65_HS1-834228961_62-HQ-83894_Serial_164
Agency: FBI
Page 38
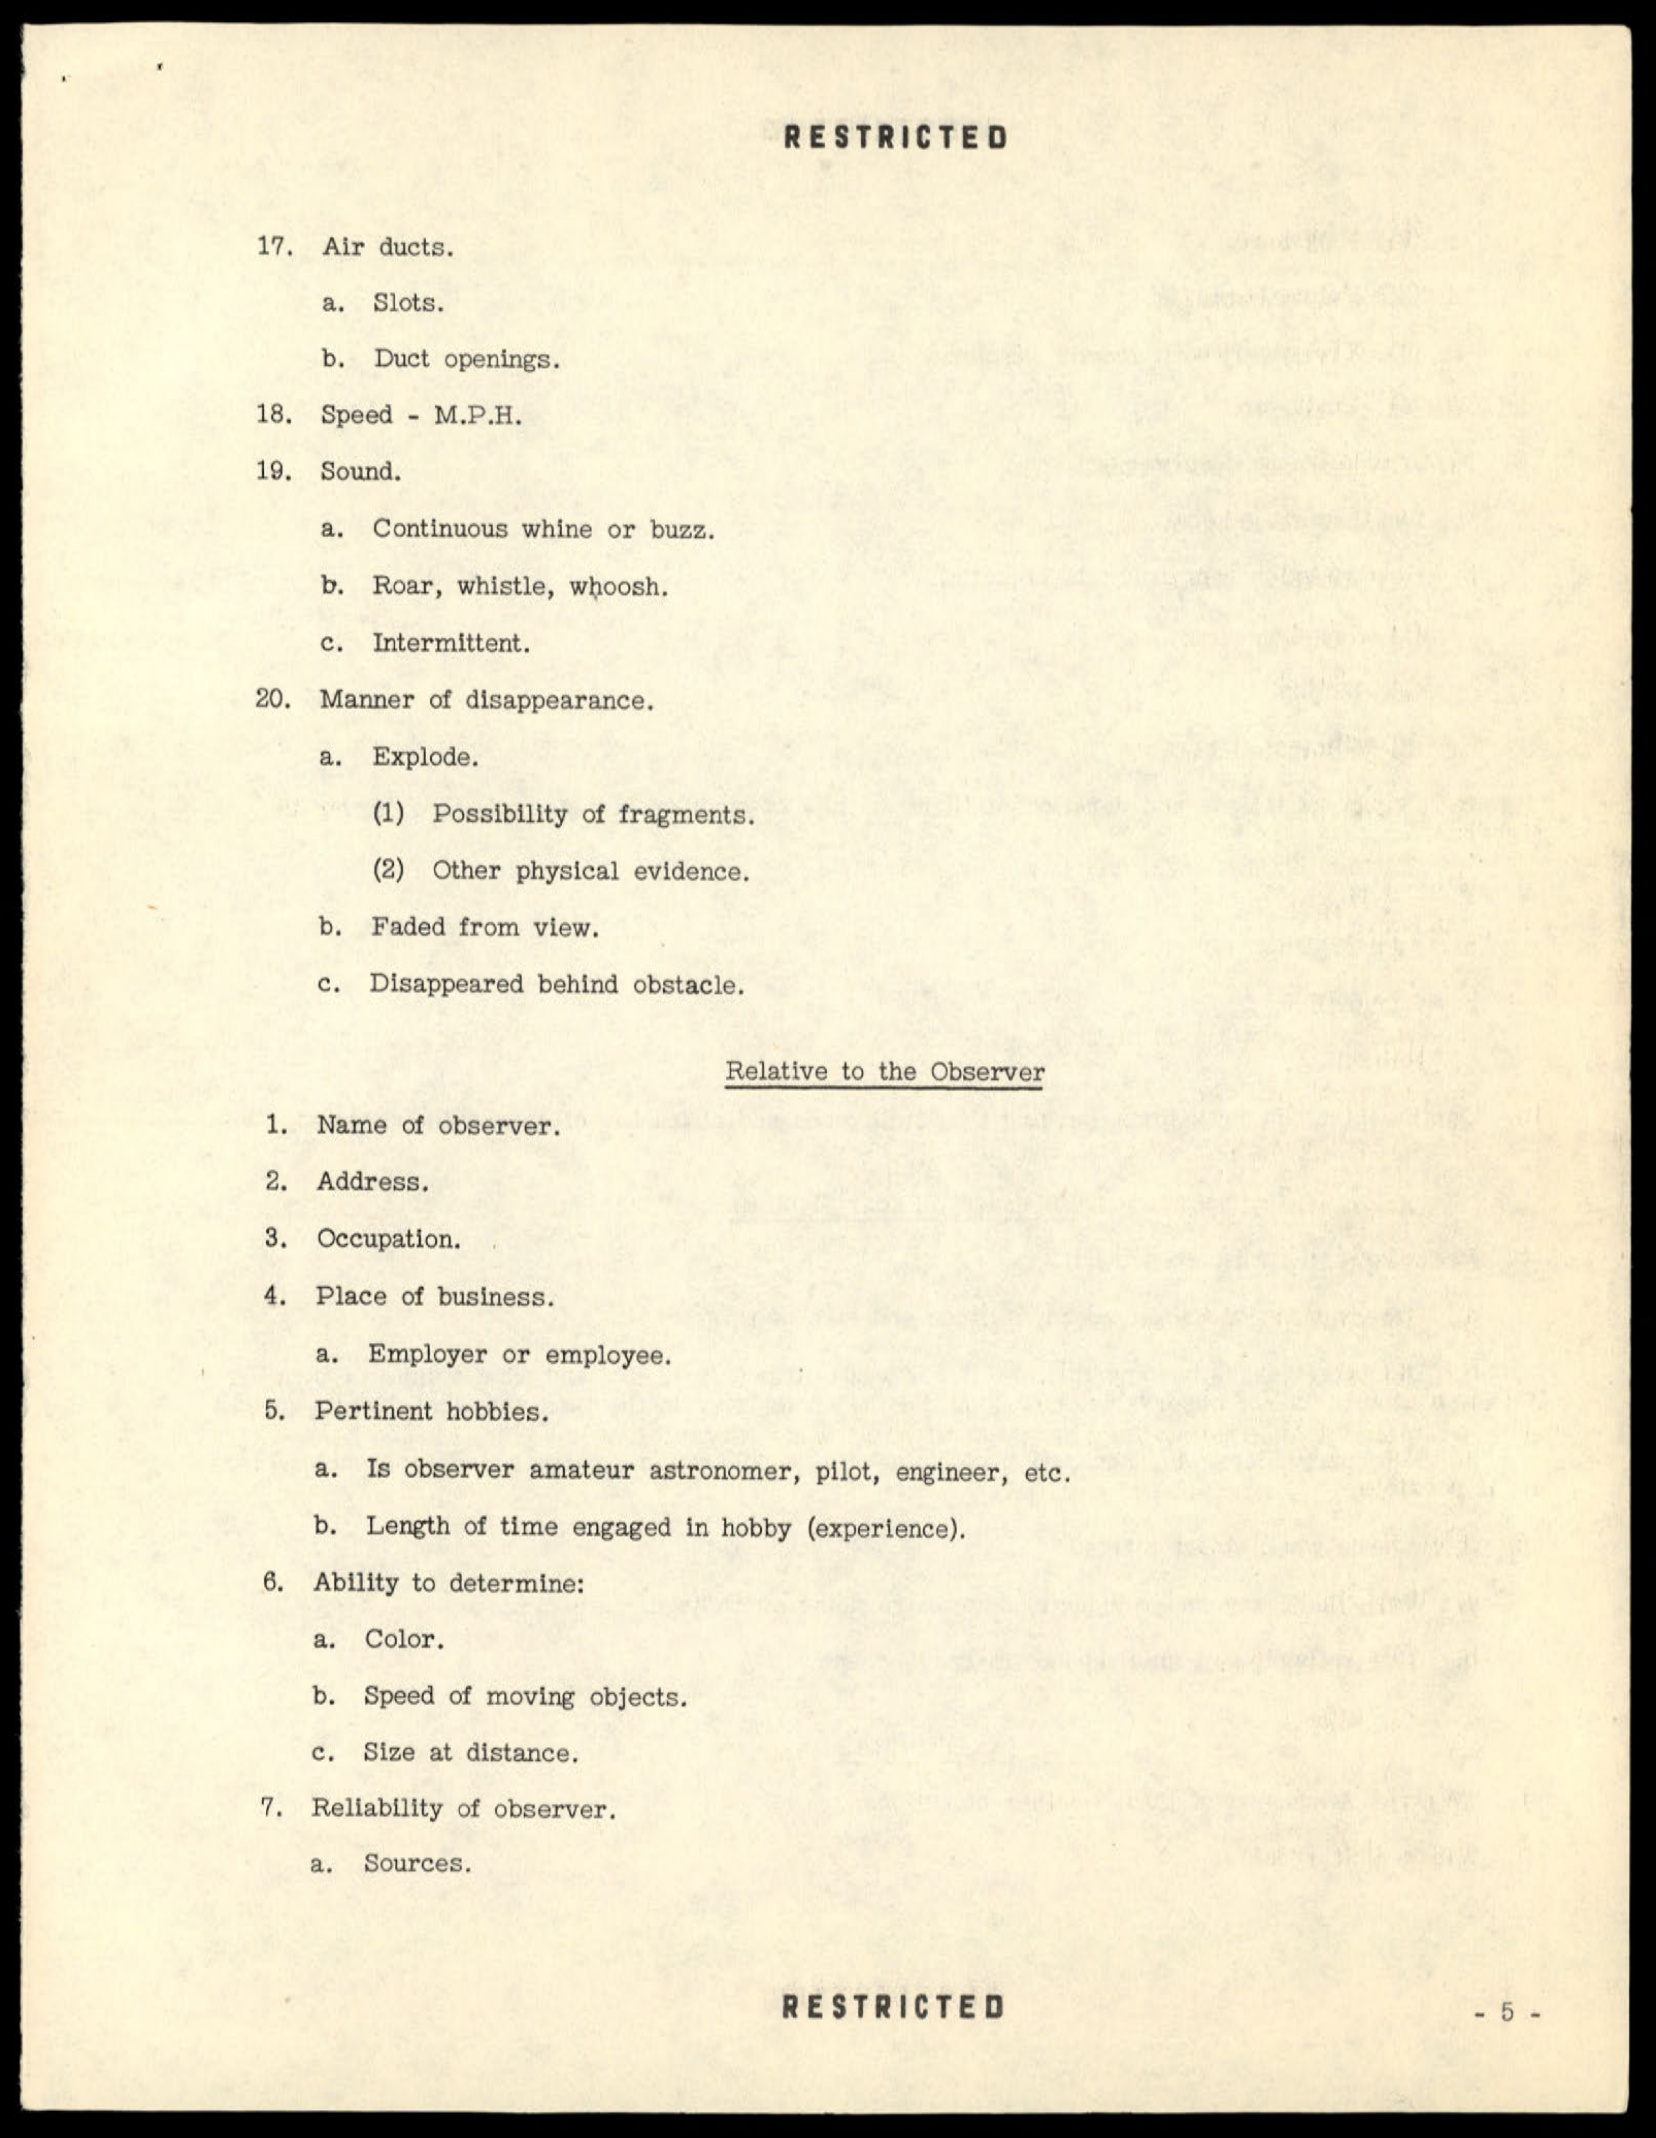